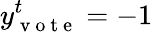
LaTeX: y_{\mathrm{~v~o~t~e~}}^{t}=-1